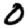
Digit: 0